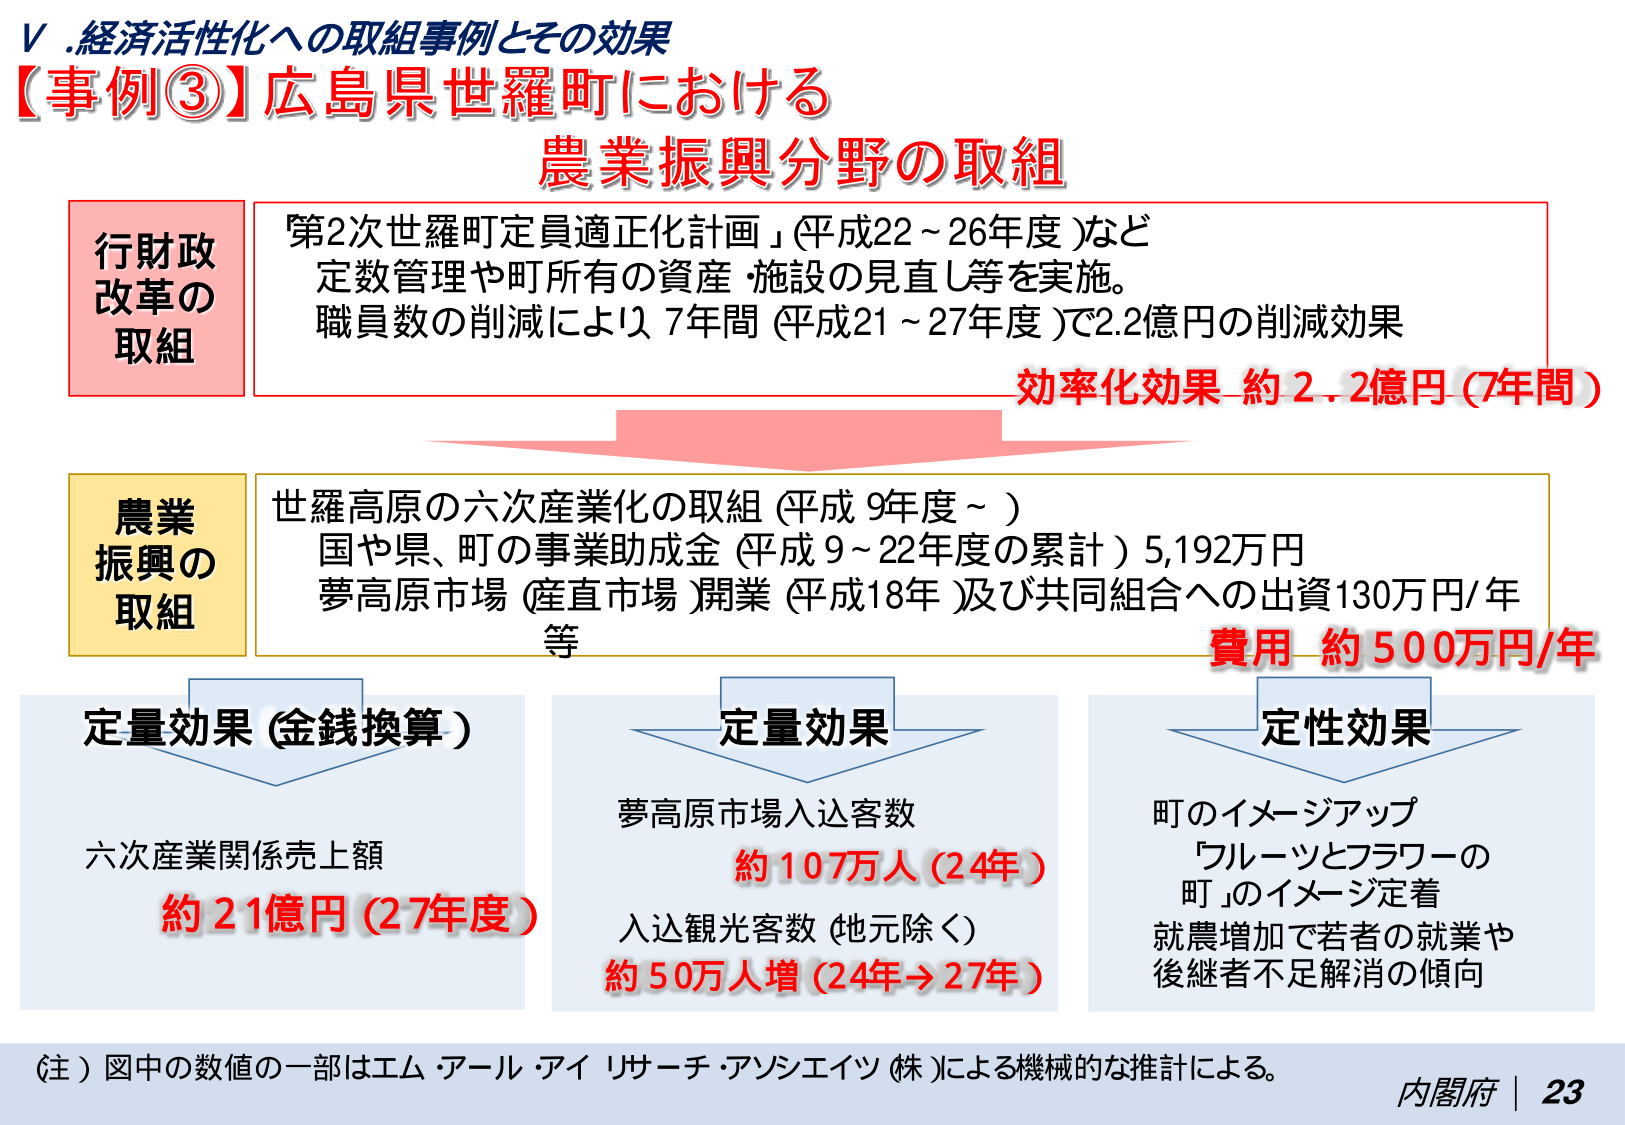
Ⅴ.経済活性化への取組事例とその効果
【事例③】広島県世羅町における
農業振興分野の取組

行財政改革の取組
「第2次世羅町定員適正化計画」（平成22～26年度）など
定数管理や町所有の資産・施設の見直し等を実施。
職員数の削減により、7年間（平成21～27年度）で2.2億円の削減効果

効率化効果 約2.2億円（7年間）

農業振興の取組
世羅高原の六次産業化の取組（平成9年度～）
国や県、町の事業助成金（平成9～22年度の累計）5,192万円
夢高原市場（産直市場）開業（平成18年）及び共同組合への出資130万円/年
等

費用 約500万円/年

定量効果（金銭換算）
六次産業関係売上額
約21億円（27年度）

定量効果
夢高原市場入込客数
約107万人（24年）
入込観光客数（地元除く）
約50万人増（24年→27年）

定性効果
町のイメージアップ
「フルーツとフラワーの町」のイメージ定着
就農増加で若者の就業や
後継者不足解消の傾向

（注）図中の数値の一部はエム・アール・アイ リサーチ・アンシエイツ（株）による機械的な推計による。
内閣府 | 23